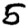
Digit: 5